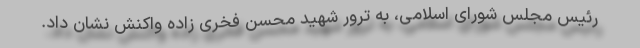
رئیس مجلس شورای اسلامی، به ترور شهید محسن فخری زاده واکنش نشان داد.